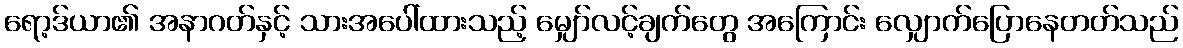
ရော့ဒ်ယာ၏ အနာဂတ်နှင့် သားအပေါ်ထားသည့် မျှော်လင့်ချက်တွေ အကြောင်း လျှောက်ပြောနေတတ်သည်